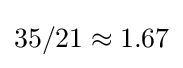
35/21\approx 1.67